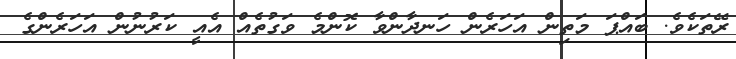
ރޭތަކެވެ. ބައްޕަ މަތިން އަހަރެން ހަނދާންވާ ކޮންމެ ވަގުތެއް އެއީ ކަރުނުން އަހަރެންގެ